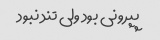
پپرونی بود ولی تند نبود